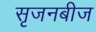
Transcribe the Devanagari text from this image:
सृजनबीज